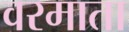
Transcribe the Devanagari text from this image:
वरमाता